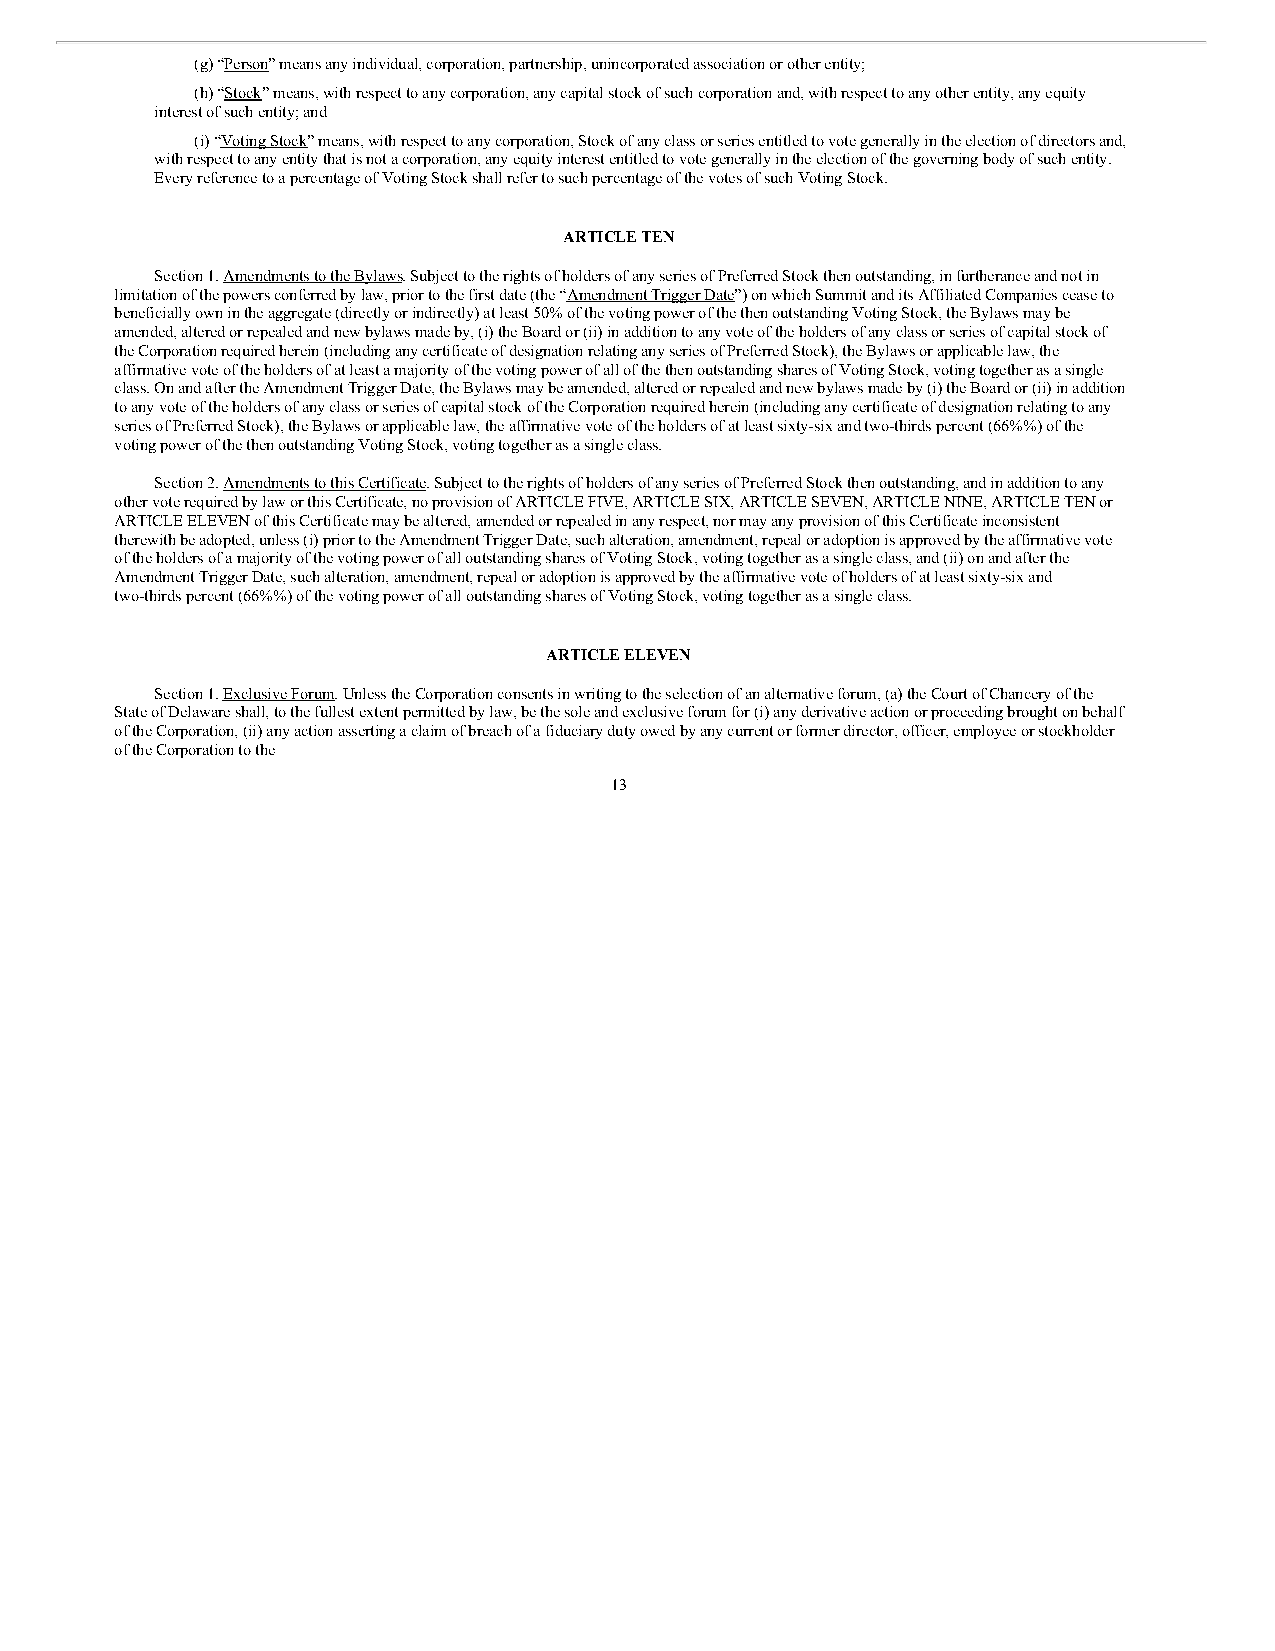
(g) “Person” means any individual, corporation, partnership, unincorporated association or other entity;
 (h) “Stock” means, with respect to any corporation, any capital stock of such corporation and, with respect to any other entity, any equity
 interest of such entity; and
 (i) “Voting Stock” means, with respect to any corporation, Stock of any class or series entitled to vote generally in the election of directors and,
 with respect to any entity that is not a corporation, any equity interest entitled to vote generally in the election of the governing body of such entity.
 Every reference to a percentage of Voting Stock shall refer to such percentage of the votes of such Voting Stock.
 ARTICLE TEN
 Section 1. Amendments to the Bylaws. Subject to the rights of holders of any series of Preferred Stock then outstanding, in furtherance and not in
 limitation of the powers conferred by law, prior to the first date (the “Amendment Trigger Date”) on which Summit and its Affiliated Companies cease to
 beneficially own in the aggregate (directly or indirectly) at least 50% of the voting power of the then outstanding Voting Stock, the Bylaws may be
 amended, altered or repealed and new bylaws made by, (i) the Board or (ii) in addition to any vote of the holders of any class or series of capital stock of
 the Corporation required herein (including any certificate of designation relating any series of Preferred Stock), the Bylaws or applicable law, the
 affirmative vote of the holders of at least a majority of the voting power of all of the then outstanding shares of Voting Stock, voting together as a single
 class. On and after the Amendment Trigger Date, the Bylaws may be amended, altered or repealed and new bylaws made by (i) the Board or (ii) in addition
 to any vote of the holders of any class or series of capital stock of the Corporation required herein (including any certificate of designation relating to any
 series of Preferred Stock), the Bylaws or applicable law, the affirmative vote of the holders of at least sixty-six and two-thirds percent (66%%) of the
 voting power of the then outstanding Voting Stock, voting together as a single class.
 Section 2. Amendments to this Certificate. Subject to the rights of holders of any series of Preferred Stock then outstanding, and in addition to any
 other vote required by law or this Certificate, no provision of ARTICLE FIVE, ARTICLE SIX, ARTICLE SEVEN, ARTICLE NINE, ARTICLE TEN or
 ARTICLE ELEVEN of this Certificate may be altered, amended or repealed in any respect, nor may any provision of this Certificate inconsistent
 therewith be adopted, unless (i) prior to the Amendment Trigger Date, such alteration, amendment, repeal or adoption is approved by the affirmative vote
 of the holders of a majority of the voting power of all outstanding shares of Voting Stock, voting together as a single class, and (ii) on and after the
 Amendment Trigger Date, such alteration, amendment, repeal or adoption is approved by the affirmative vote of holders of at least sixty-six and
 two-thirds percent (66%%) of the voting power of all outstanding shares of Voting Stock, voting together as a single class.
 ARTICLE ELEVEN
 Section 1. Exclusive Forum. Unless the Corporation consents in writing to the selection of an alternative forum, (a) the Court of Chancery of the
 State of Delaware shall, to the fullest extent permitted by law, be the sole and exclusive forum for (i) any derivative action or proceeding brought on behalf
 of the Corporation, (ii) any action asserting a claim of breach of a fiduciary duty owed by any current or former director, officer, employee or stockholder
 of the Corporation to the
 13